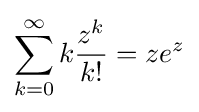
\sum _{k=0}^{\infty }k{\frac {z^{k}}{k!}}=ze^{z}